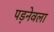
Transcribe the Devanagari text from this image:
पड़नेवला